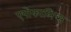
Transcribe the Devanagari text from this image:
एपोकालिप्स